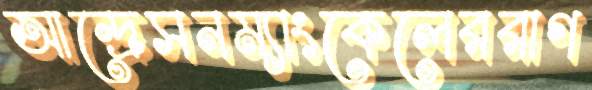
আন্দ্রেসনম্যাংকেলেররাগ